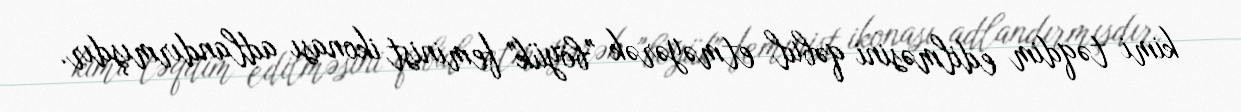
kimi təqdim edilməsini qəbul etməyərək "böyük" feminist ikonası adlandırmışdır.